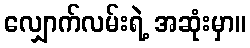
လျှောက်လမ်းရဲ့ အဆုံးမှာ။